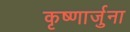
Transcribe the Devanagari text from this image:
कृष्णार्जुना